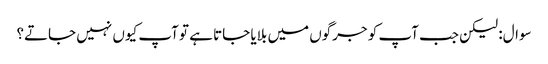
سوال: لیکن جب آپ کو جرگوں میں بلایا جاتا ہے تو آپ کیوں نہیں جاتے؟